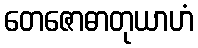
တေဇောဓာတုယာဟံ